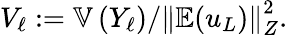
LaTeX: V_{\ell}:=\mathbb{V}\left(Y_{\ell}\right)/\left\Vert\mathbb{E}(u_{L})\right\Vert_{Z}^{2}.